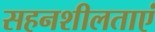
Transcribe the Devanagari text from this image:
सहनशीलताएं